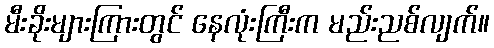
မီးခိုးများကြားတွင် နေလုံးကြီးက မည်းညစ်လျက်။